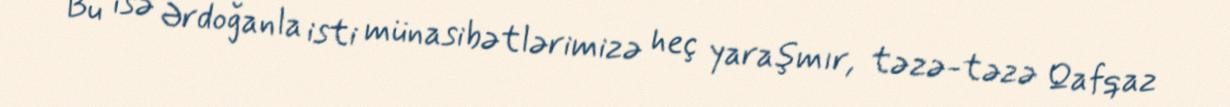
Bu isə Ərdoğanla isti münasibətlərimizə heç yaraşmır, təzə-təzə Qafqaz